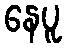
နေပူ